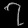
Digit: ၇